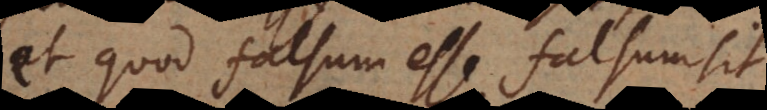
et quod falsum esse falsum sit